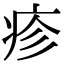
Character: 疹